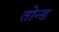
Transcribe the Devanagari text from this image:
तोन्ड